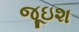
જૂઇશ